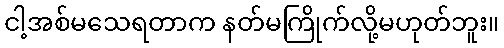
ငါ့အစ်မသေရတာက နတ်မကြိုက်လို့မဟုတ်ဘူး။